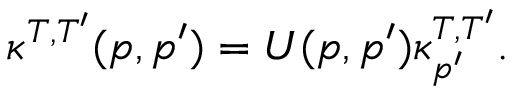
\kappa ^ { T , T ^ { \prime } } ( p , p ^ { \prime } ) = U ( p , p ^ { \prime } ) \kappa _ { p ^ { \prime } } ^ { T , T ^ { \prime } } .